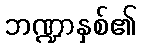
ဘဏ္ဍာနှစ်၏